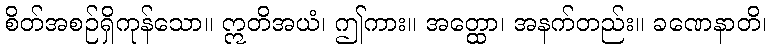
စိတ်အစဉ်ရှိကုန်သော။ ဣတိအယံ၊ ဤကား။ အတ္ထော၊ အနက်တည်း။ ခဏေနာတိ၊